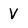
Character: V